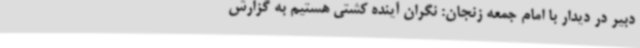
دبیر در دیدار با امام جمعه زنجان: نگران آینده کشتی هستیم به گزارش